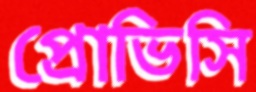
প্রোভিসি